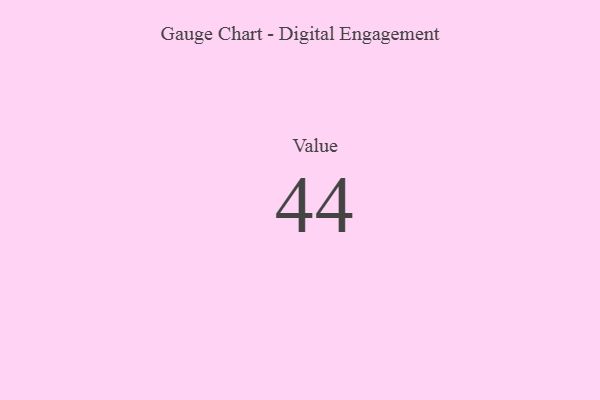
{"axis": {"x": "Metric", "y": "Value"}, "legend": [""], "data": [{"x": "Value", "y": 44, "type": ""}]}